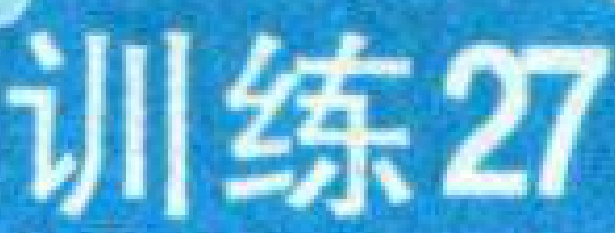
训练27